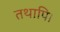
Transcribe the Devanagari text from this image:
तथापि।